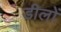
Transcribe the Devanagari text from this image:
डीलों